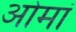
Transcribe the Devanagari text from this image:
ओमां